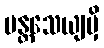
ပန္တသေယျမှိ